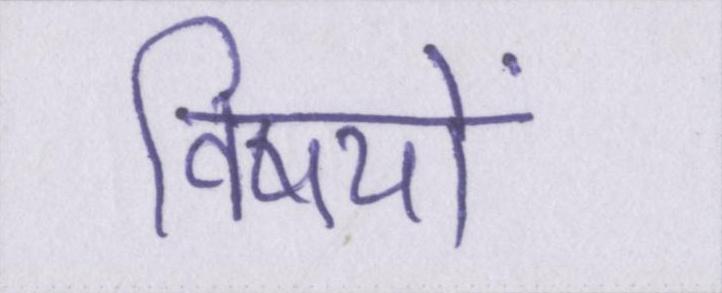
विषयों